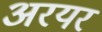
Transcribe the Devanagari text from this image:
अरयर